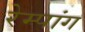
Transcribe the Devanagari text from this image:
रेम्पांग